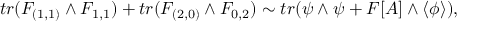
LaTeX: t r ( F _ { ( 1 , 1 ) } \wedge F _ { 1 , 1 } ) + t r ( F _ { ( 2 , 0 ) } \wedge F _ { 0 , 2 } ) \sim t r ( \psi \wedge \psi + F [ A ] \wedge \langle \phi \rangle ) ,